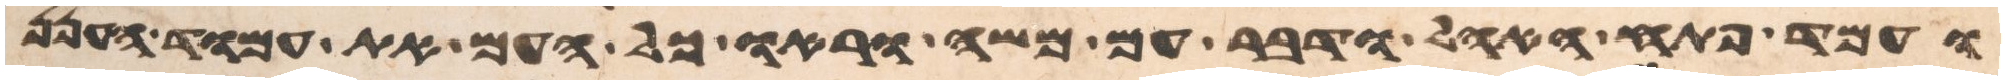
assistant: ועמד פתח האהל ודבר עם משה וראו כל העם את עמוד הענן